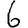
Digit: 6